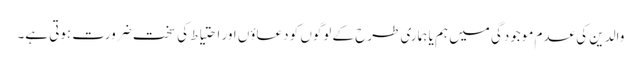
والدین کی عدم موجودگی میں ہم یا ہماری طرح کے لوگوں کو دعاؤں اور احتیاط کی سخت ضرورت ہوتی ہے۔